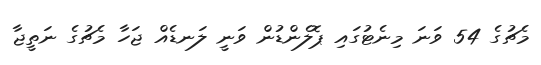
މެޗުގެ 54 ވަނަ މިނެޓުގައި ޕޮލެންޑުން ވަނީ ލަނޑެއް ޖަހާ މެޗުގެ ނަތީޖާ